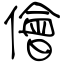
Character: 儈